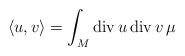
LaTeX: \begin{gather*}\langle u,v\rangle=\int_M\operatorname{div} u\operatorname{div} v\, \mu\end{gather*}